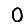
Digit: 0